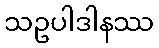
သဥပါဒါနဿ